Burma Government Medical School reports 1923-41
Year: 1923
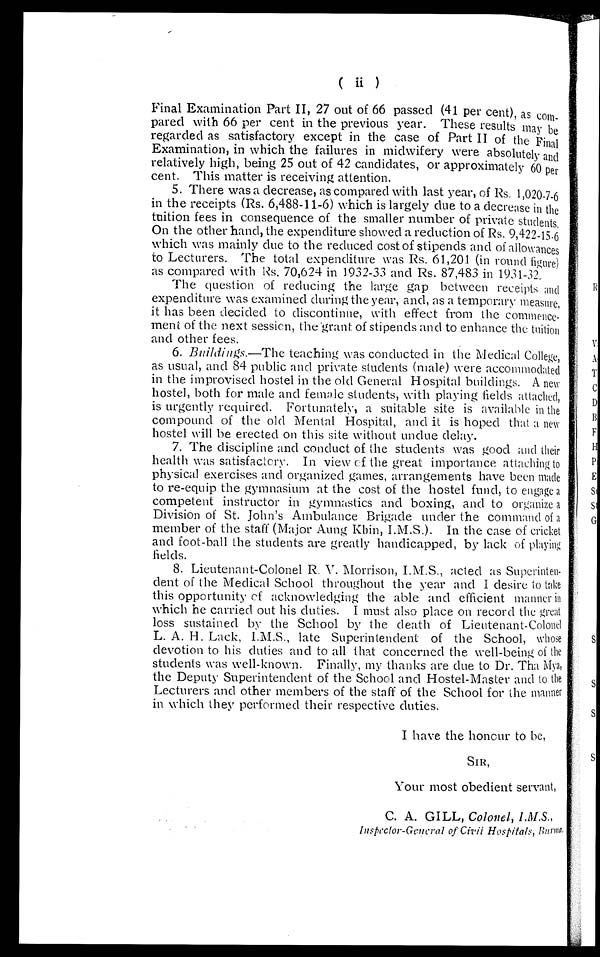
•
Final Examination Part II, 27 out of 66 passed (41 per cent), as com-
pared with 66 per cent in the previous year. These results may be
regarded as satisfactory except in the case of Part II of the Final
Examination, in which the failures in midwifery were absolutely and
relatively high, being 25 out of 42 candidates, or approximately 60 per.
cent. This matter is receiving attention.
5. There was a decrease, as compared with last year, of Rs. 1,020-7-6
in the receipts (Rs. 6,488-11-6) which is largely due to a decrease in the
tuition fees in consequence of the smaller number of private students.
On the other hand, the expenditure showed a reduction of Rs. 9,422-15-6
which was mainly due to the reduced cost of stipends and of allowances
to Lecturers. The total expenditure was Rs. 61,201 (in round figure)
as compared with Rs. 70,624 in 1932-33 and Rs. 87,483 in 1931-32.
The question of reducing the large gap between receipts and
expenditure was examined during the year, and, as a temporary measure,
it has been decided to discontinue, with effect from the commence-
-ment of the next session, the grant of stipends and to enhance the tuition
and other fees.
6. Buildings.—The teaching was conducted in the Medical College,
as usual, and 84 public and private students (male) were accommodated
in the improvised hostel in the old General Hospital buildings. A new
hostel, both for male and female students, with playing fields attached,
is urgently required. Fortunately, a suitable site is available in the
compound of the old Mental Hospital, and it is hoped that a new
hostel will be erected on this site without undue delay.
7. The discipline and conduct of the students was good and their
health was satisfac t ory. In view of the great importance attaching to
physical exercises and organized games, arrangements have been made
to re-equip the gymnasium at the cost of the hostel fund, to engage a
competent instructor in gymnastics and boxing, and to organize a
Division of St. John's Ambulance Brigade under the command of a
member of the staff (Major Aung Kbin,I.M.S.). In the case of cricket
and foot-ball the students are greatly handicapped, by lack of playing
fields.
8. Lieutenant-Colonel R. V. Morrison, I.M.S., acted as Superinten-
- d e n t o f t h e M e d i c a l S c h o o l t h r o u g h o u t t h e y e a r a n d I d e s i r e t o t a k e
this opportunity of acknowledging the able and efficient manner in
which he carried out his duties. I must also place on record the great
loss sustained by the School by the death of Lieutenant-Colonel
L. A. H. Lack, I.M.S., late Superintendent of the School, whose
devotion to his duties and to all that concerned the well-being of the
students was well-known. Finally, my thanks are clue to Dr. Tha Mya,
the Deputy Superintendent of the School and Hostel-Master and to the
Lecturers and other members of the staff of the School for the manner
in which they performed their respective duties.
I have the honour to be,
SIR,
Your most obedient servant,
C. A. GILL, Colonel, I.M.S.,
Inspect or-General of Ci vi l Hospi t i al , Burma.